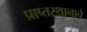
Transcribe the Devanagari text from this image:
प्राप्तस्थानाचे